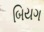
બિયગ